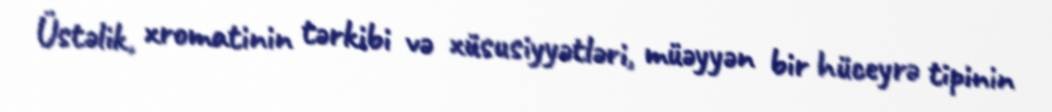
Üstəlik, xromatinin tərkibi və xüsusiyyətləri, müəyyən bir hüceyrə tipinin